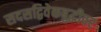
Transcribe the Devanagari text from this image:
सदसद्विवेकबुद्धीवर